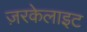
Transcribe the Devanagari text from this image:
ज़रकेलाइट